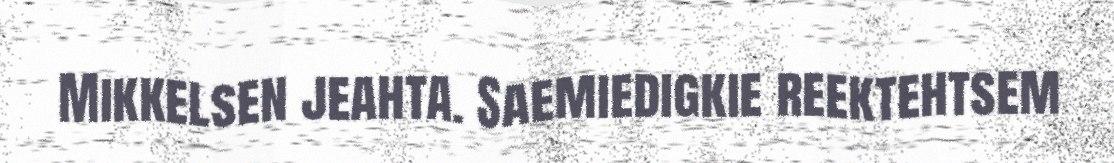
Mikkelsen jeahta. Saemiedigkie reektehtsem